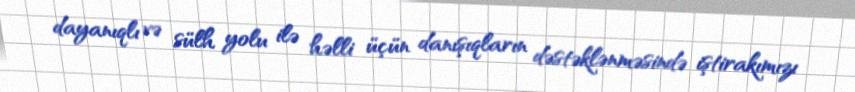
dayanıqlı və sülh yolu ilə həlli üçün danışıqların dəstəklənməsində iştirakımızı